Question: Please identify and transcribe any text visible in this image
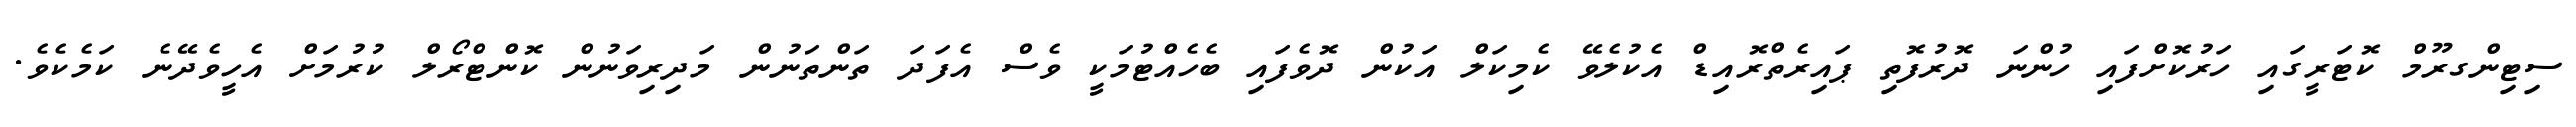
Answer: ސިޓިންގރޫމް ކޮޓަރީގައި ހަރުކޮށްފައި ހުންނަ ދޮރުފޮތި ޕައިރެތްރޮއިޑް އެކުލެވޭ ކެމިކަލް އަކުން ދޮވެފައި ބެހެއްޓުމަކީ ވެސް އެފަދަ ތަންތަނުން މަދިރިވަނުން ކޮންޓްރޯލް ކުރުމަށް އެހީވެދޭނެ ކަމެކެވެ.